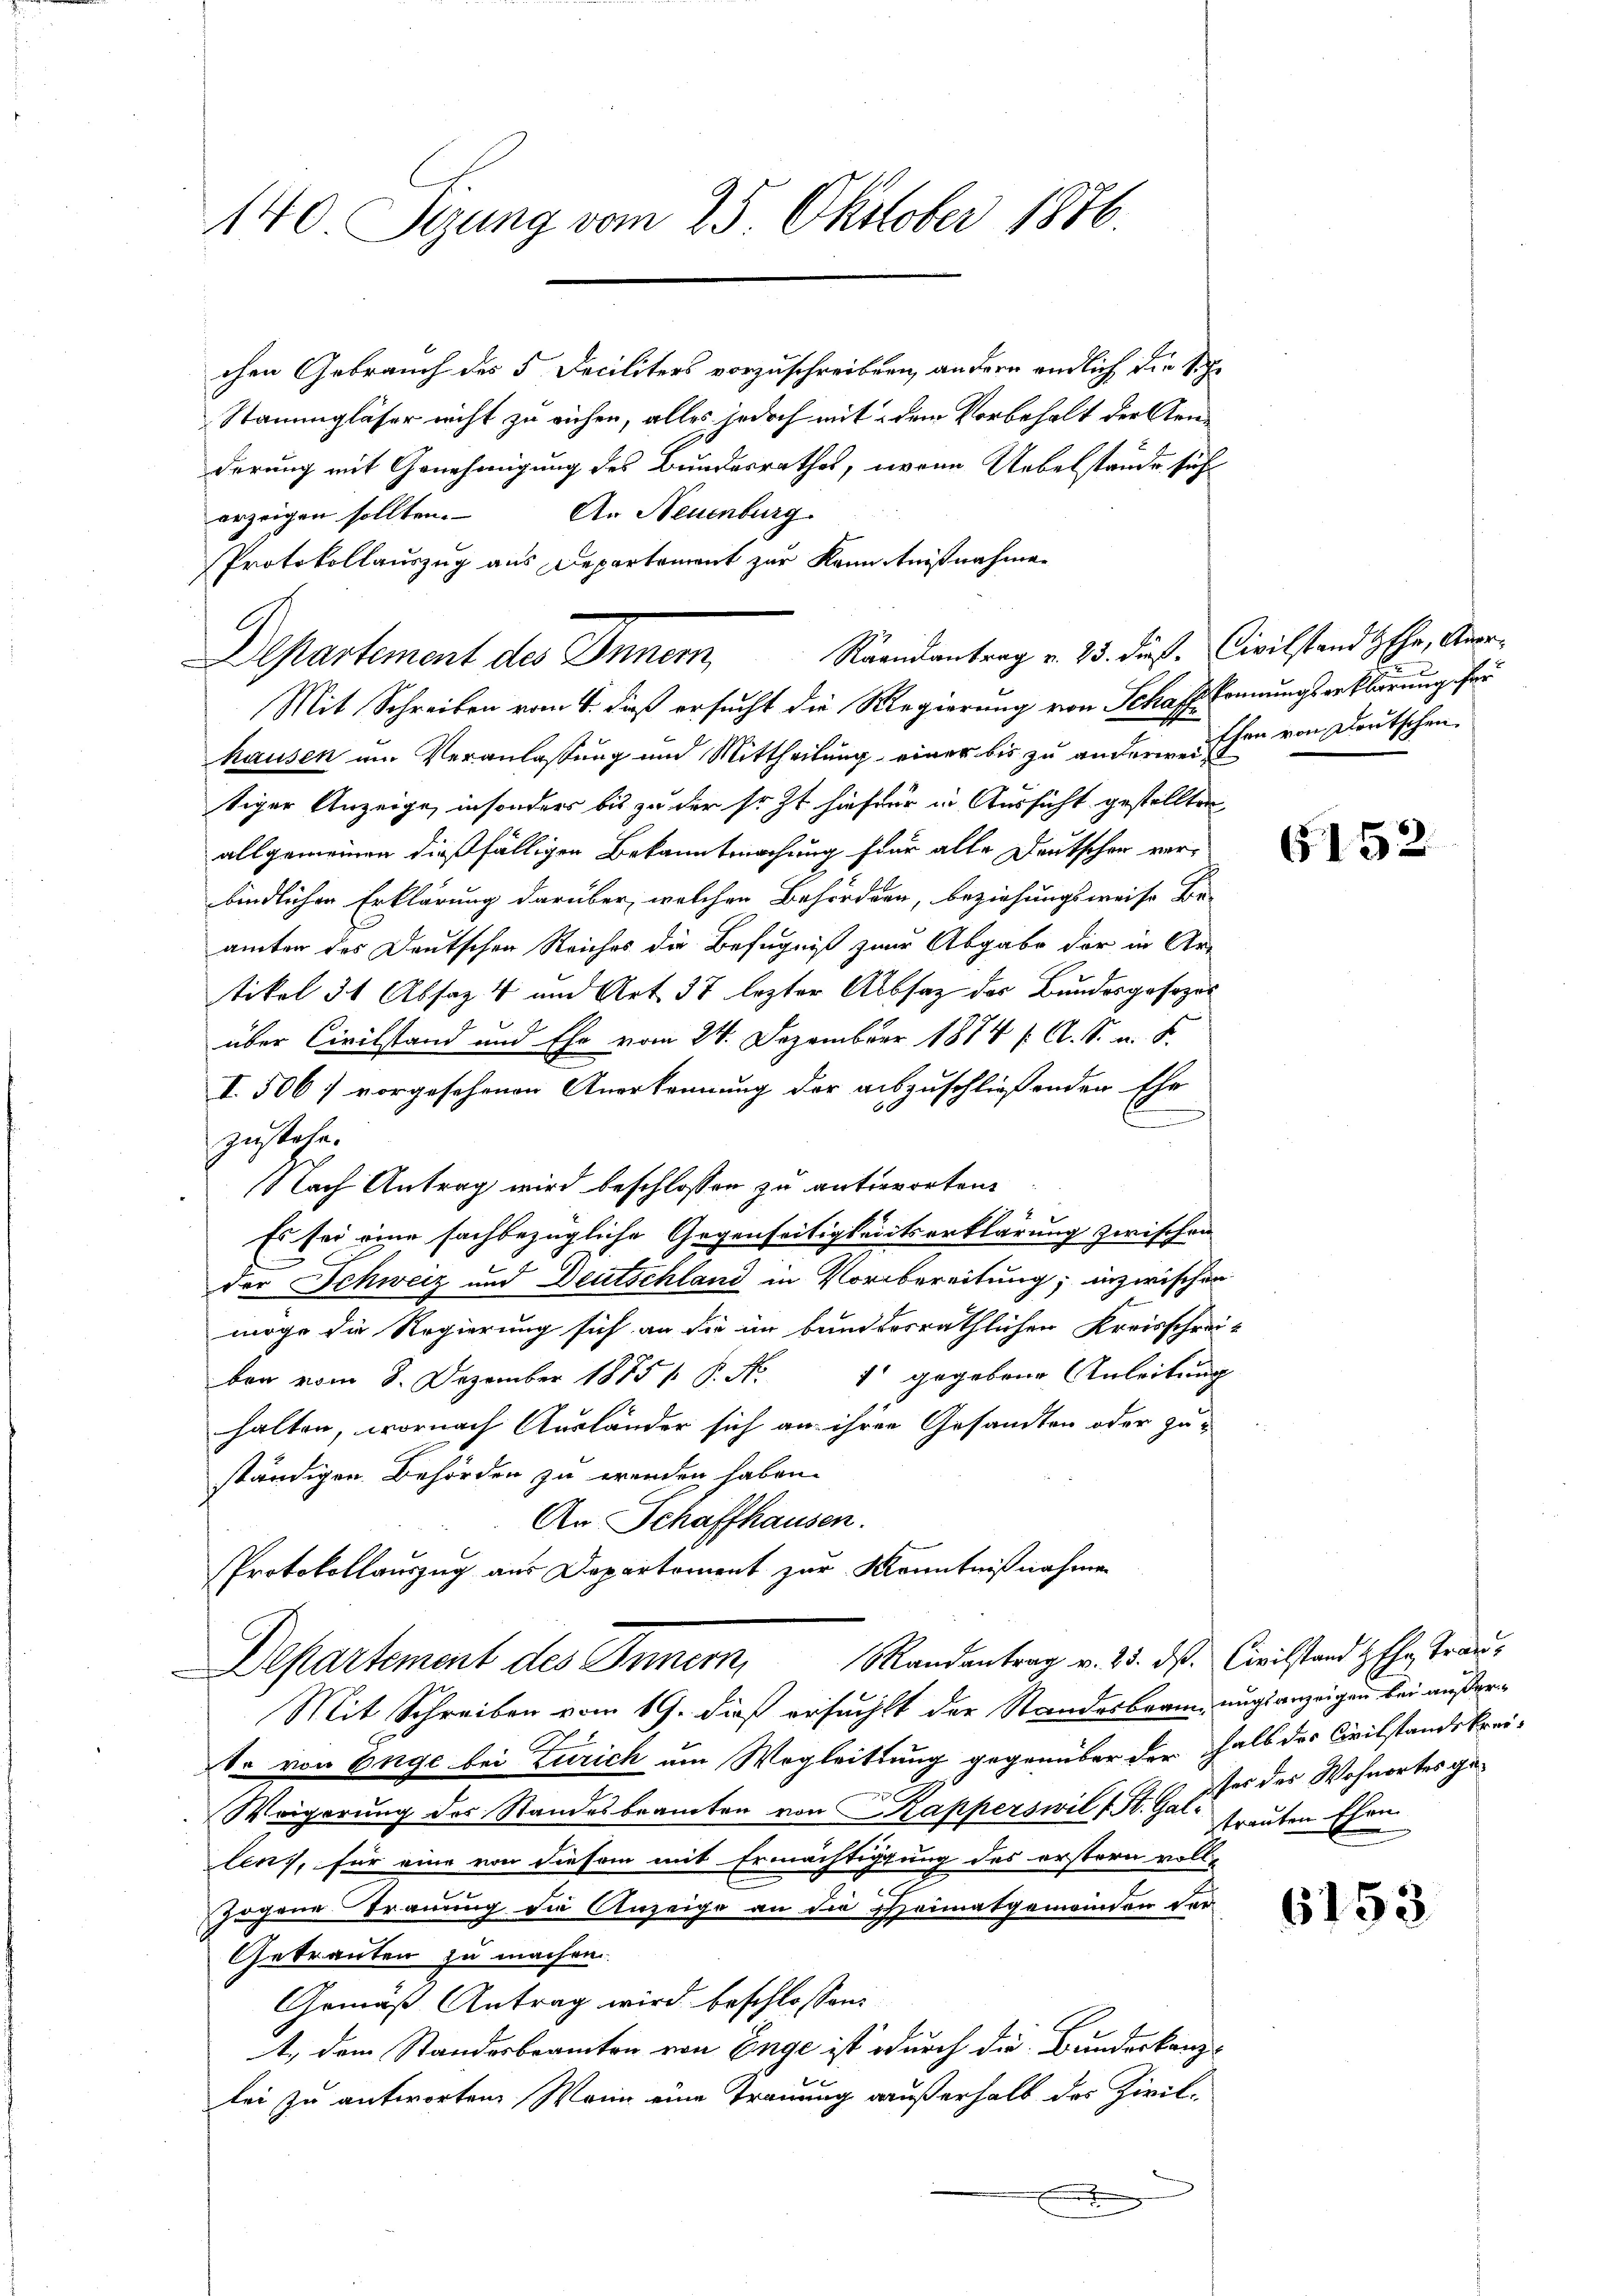
140 Sizung vom 25. Oktober 1876.

chen Gebrauch des 5 Deciliters vorzuschreiben, andern endlich die sich
Stammgläser nicht zu ruhen, alles jedoch mit dem Vorbehalt der Renderung mit Genehmigung des Bundesrathes, wann Uebelstände such
An Neuenburg
erzeigen sollten.
Protokollauszug aus Departement zur kanntnißnahme
Mit Schreiben vom 4. daß ersucht die Regierung von Schaft konnungserklärung für
hausen um Veranlassung und Mittheilung einer bis zu anderen Ehen von Deutschen
tiger Anzeige, insonders bis zu der so st hafter in Aussicht gestellten
allgemeinen dießfälligen Bekanntmachung für alle Deutscher verbindlichen Erklärung darüber, welchen Beförden, beziehungsweise Be-
ämter des Deutschen Reiches die Befugniß zur Abgabe der in Ar-
tikel 31 Absaz 4 und Art. 37 lezter Absatz des Bundesgesezes
über Civilstand und Ehe vom 24. Dezember 1874 f. A. S. u. S.
I. 506 vorgesehenen Anerkennung der auszuschließenden Ehr
n
zustehe.
Nach Antrag wird beschlossen zu antworten.

Es sei eine sachbezügliche Gegenseitigkeitserklärung zwischen
der Schweiz und Deutschland in Vorbereitung; inzwischen
möge die Regierung sich an die im bundesräthlichen Kreisschrei-
ben vom 8. Dezember 1875 P. Nr. 1 gegebene Anleitung
halten, wornach Ausländer sich an ihren Gesandten oder zuständigen Behörden zu wenden haben.
An Schaffhausen.
Protokollauszug aus Departement zur Kenntnißnahmen
Departement des Innern, andentrag v. 25. ds. Civilstand Ehre Trau¬
Mit Schreiben vom 19. dieß ersucht der Standesbraun, unglanzeigen bei außer¬
So von Enge bei Zürich um Wegleitung gegenüber der halb des Civilstandskrei-
Weigerung des Standesbeamten von Kapperswil (St. Galtrauten Ehen
lens, für eine von diesem mit Ermächtigung des erstern voll-
e
zogene Trauung die Anzeige an die Heimatgenwinden der
Getrauten zu machen.
Gemäß Antrag wird beschlossen:
1., dem Standesbeamten von Enge ist durch die Bundeskanzlei zu antworten. Wenn eine Trauung außerhalb des Zivil-
n
.

Departement des Inner, Raandantrag v. 13. diese Civilstand sehe, Aner

6152

ses des Wohnortes geg

6153